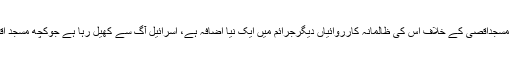
قطر کے الجزیرہ ٹی وی کوانٹرویومیں ترک صدر کا کہنا تھا کہ اسرائیل کو یہ مان لینا چاہیئے کہ مسجداقصیٰ کے خلاف اس کی ظالمانہ کارروائیاں دیگرجرائم میں ایک نیا اضافہ ہے، اسرائیل آگ سے کھیل رہا ہے جوکچھ مسجد اقصیٰ کے خلاف کیا جا رہا ہے وہ ناقابل معافی ہے اوراسرائیل کو اس کی بھاری قیمت چکانا ہوگی۔